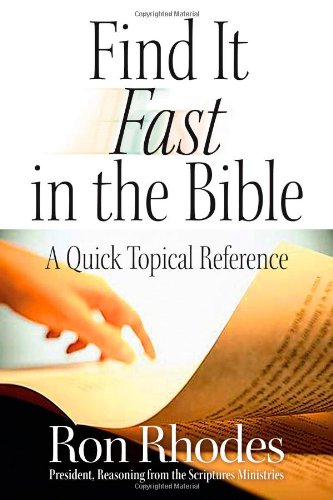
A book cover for Find It Fast in the Bible: A Quick Topical Reference; Ron Rhodes; Christian Books & Bibles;